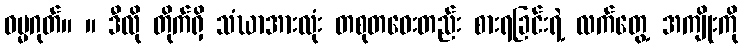
ဓမ္မဂုတ်။ ။ ဒီလို တိုက်ရှိ သံဃာအားလုံး တစုတဝေးတည်း စားရခြင်းရဲ့ လက်တွေ့ အကျိုးကို